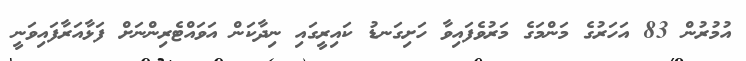
އުމުރުން 83 އަހަރުގެ މަންމަގެ މަރުވެފައިވާ ހަށިގަނޑު ކައިރީގައި ނިދާކަން އަވައްޓެރިންނަށް ފަޅާއަރާފައިވަނީ